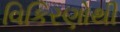
વિકિરણોથી